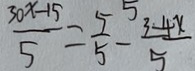
\frac { 3 0 x - 1 5 } { 5 } = \frac { 5 } { 5 } - \frac { 3 - 4 x } { 5 }